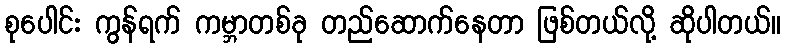
စုပေါင်း ကွန်ရက် ကမ္ဘာတစ်ခု တည်ဆောက်နေတာ ဖြစ်တယ်လို့ ဆိုပါတယ်။